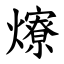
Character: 爎